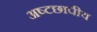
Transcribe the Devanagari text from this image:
अष्टछापीय